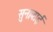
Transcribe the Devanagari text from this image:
सुनाबाई